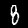
Label: 8